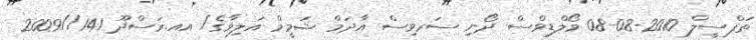
ތަފްސީލް 2010-08-08 މޯލްޑިވްސް ދޯނި ސަރވިސް އާދަމް ޝަމީމް އަލިވާގެ/ އއ.ރަސްދޫ 141//2009